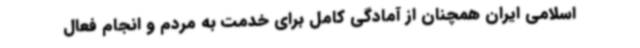
اسلامی ایران همچنان از آمادگی کامل برای خدمت به مردم و انجام فعال